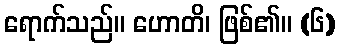
ရောက်သည်။ ဟောတိ၊ ဖြစ်၏။ (၆)